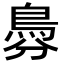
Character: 𩿉